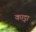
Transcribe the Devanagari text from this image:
काट्ना